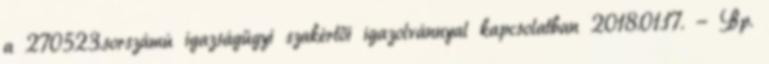
a 270523.sorszámú igazságügyi szakértői igazolvánnyal kapcsolatban 2018.01.17. - Bp.